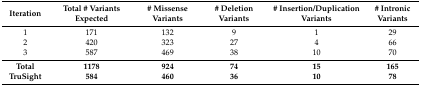
| Iteration | Total # Variants Expected | # Missense Variants | # Deletion Variants | # Insertion/Duplication Variants | # Intronic Variants |
 | --- | --- | --- | --- | --- | --- |
 | 1 | 171 | 132 | 9 | 1 | 29 |
 | 2 | 420 | 323 | 27 | 4 | 66 |
 | 3 | 587 | 469 | 38 | 10 | 70 |
 | Total | 1178 | 924 | 74 | 15 | 165 |
 | TruSight | 584 | 460 | 36 | 10 | 78 |